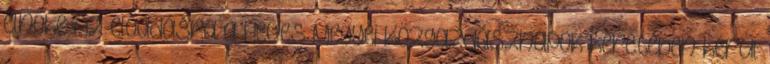
elnöke Az előadásra a Heves Megyei Közgazdásznapok keretében kerül